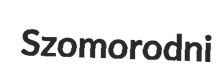
Szomorodni